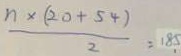
\frac { n \times ( 2 0 + 5 4 ) } { 2 } = 1 8 5